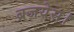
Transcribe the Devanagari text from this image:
ब्रजयेस।